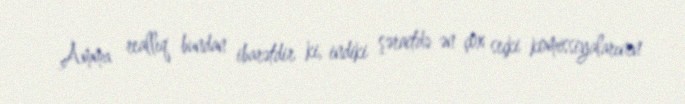
Amma reallıq bundan ibarətdir ki, indiki şəraitdə ən çox seçki komissiyalarının